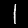
Label: 1